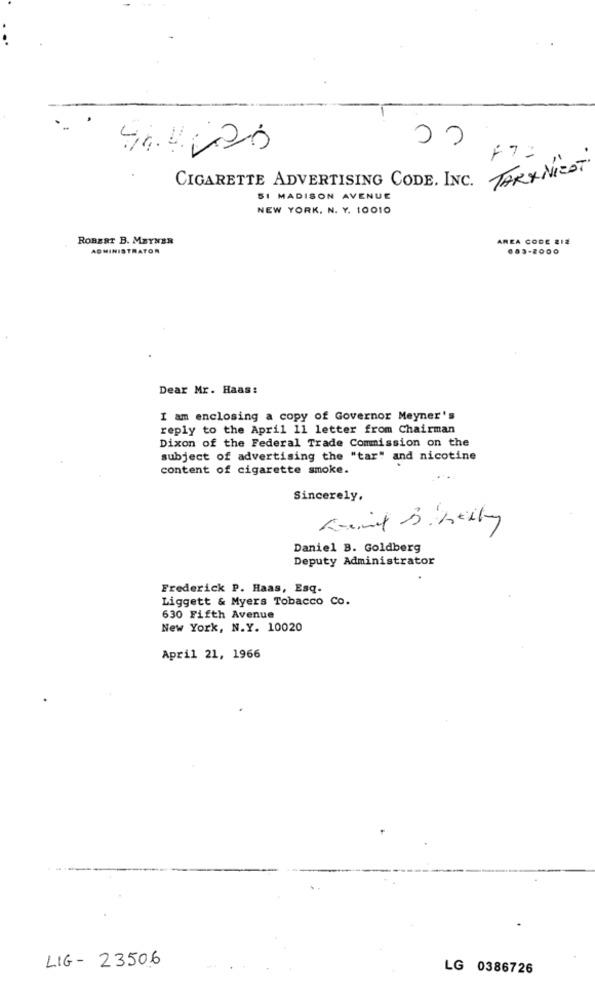
00
44.4020
F7:
TARXNEOT
CIGARETTE ADVERTISING CODE. INC.
SI MADISON AVENUE
NEW YORK, N. Y. 10010
ROBERT B. METNER
AREA CODE 212
ADMINISTRATOR
Dear Mr. Haas:
I am enclosing a copy of Governor Meyner's
reply to the April 11 letter from Chairman
Dixon of the Federal Trade Commission on the
subject of advertising the "tar" and nicotine
content of cigarette smoke.
Sincerely,
Daniel B. Goldberg
Deputy Administrator
.
Frederick P. Haas, Esq.
Liggett & Myers Tobacco Co.
630 Fifth Avenue
New York, N.Y. 10020
April 21, 1966
LIG- 23506
LG 0386726